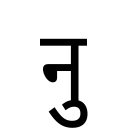
OCR:
नु